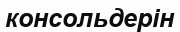
консольдерін